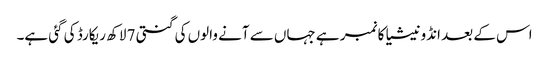
اس کے بعد انڈونیشیا کا نمبر ہے جہاں سے آنے والوں کی گنتی 7 لاکھ ریکارڈ کی گئی ہے۔